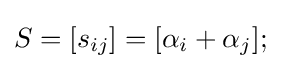
S=[s_{ij}]=[\alpha _{i}+\alpha _{j}];